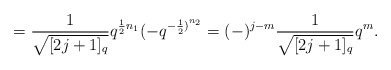
\begin{align*}= \frac {1}{\sqrt {[2j+1]_{q}}} q^{\frac {1}{2} n_{1}} (-q^{{-\frac{1}{2})}^{n_{2}}}=(-)^{j-m} \frac {1}{\sqrt {[2j+1]_{q}}} q^{m}.\end{align*}